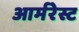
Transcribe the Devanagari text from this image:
आर्मरेस्ट